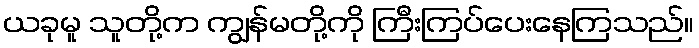
ယခုမူ သူတို့က ကျွန်မတို့ကို ကြီးကြပ်ပေးနေကြသည်။